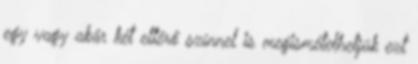
egy vagy akár két eltérő színnel is megismételhetjük ezt